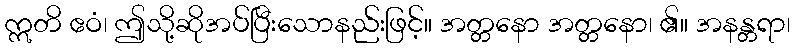
ဣတိ ဧဝံ၊ ဤသို့ဆိုအပ်ပြီးသောနည်းဖြင့်။ အတ္တနော အတ္တနော၊ ၏။ အနန္တရာ၊